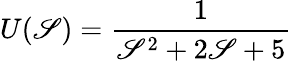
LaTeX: U(\mathscr{S})={\frac{{1}}{{\mathscr{S}^{2}+2\mathscr{S}+5}}}